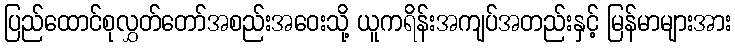
ပြည်ထောင်စုလွှတ်တော်အစည်းအဝေးသို့ ယူကရိန်းအကျပ်အတည်းနှင့် မြန်မာများအား